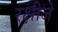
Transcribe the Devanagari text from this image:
रक्षीजे